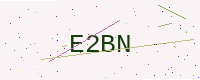
Text: E2BN